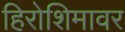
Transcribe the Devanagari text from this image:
हिरोशिमावर